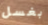
بغسل